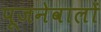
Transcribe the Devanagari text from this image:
पूजनेवालों